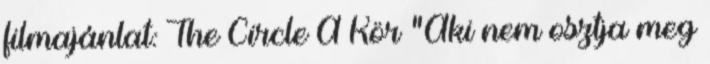
filmajánlat: The Circle A Kör "Aki nem osztja meg